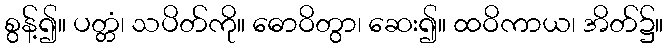
စွန့်၍။ ပတ္တံ၊ သပိတ်ကို။ ဓောဝိတွာ၊ ဆေး၍။ ထဝိကာယ၊ အိတ်၌။